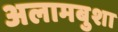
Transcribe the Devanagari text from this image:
अलामबुशा